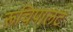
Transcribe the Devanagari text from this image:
रूचिपालट